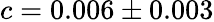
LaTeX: c=0.006\pm 0.003